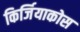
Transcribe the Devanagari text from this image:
किर्जियाकोस